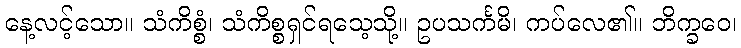
နေ့လင့်သော။ သံကိစ္စံ၊ သံကိစ္စရှင်ရသေ့သို့။ ဥပသင်္ကမိ၊ ကပ်လေ၏။ ဘိက္ခဝေ၊